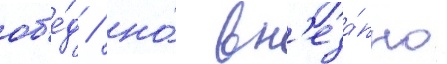
об'е́д / но́ вн'еза́пно